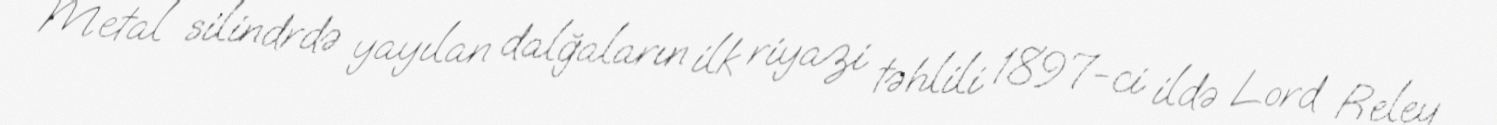
Metal silindrdə yayılan dalğaların ilk riyazi təhlili 1897-ci ildə Lord Reley